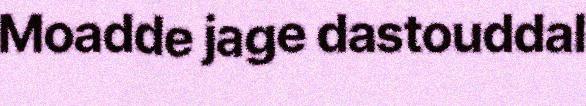
Moadde jage dastouddal